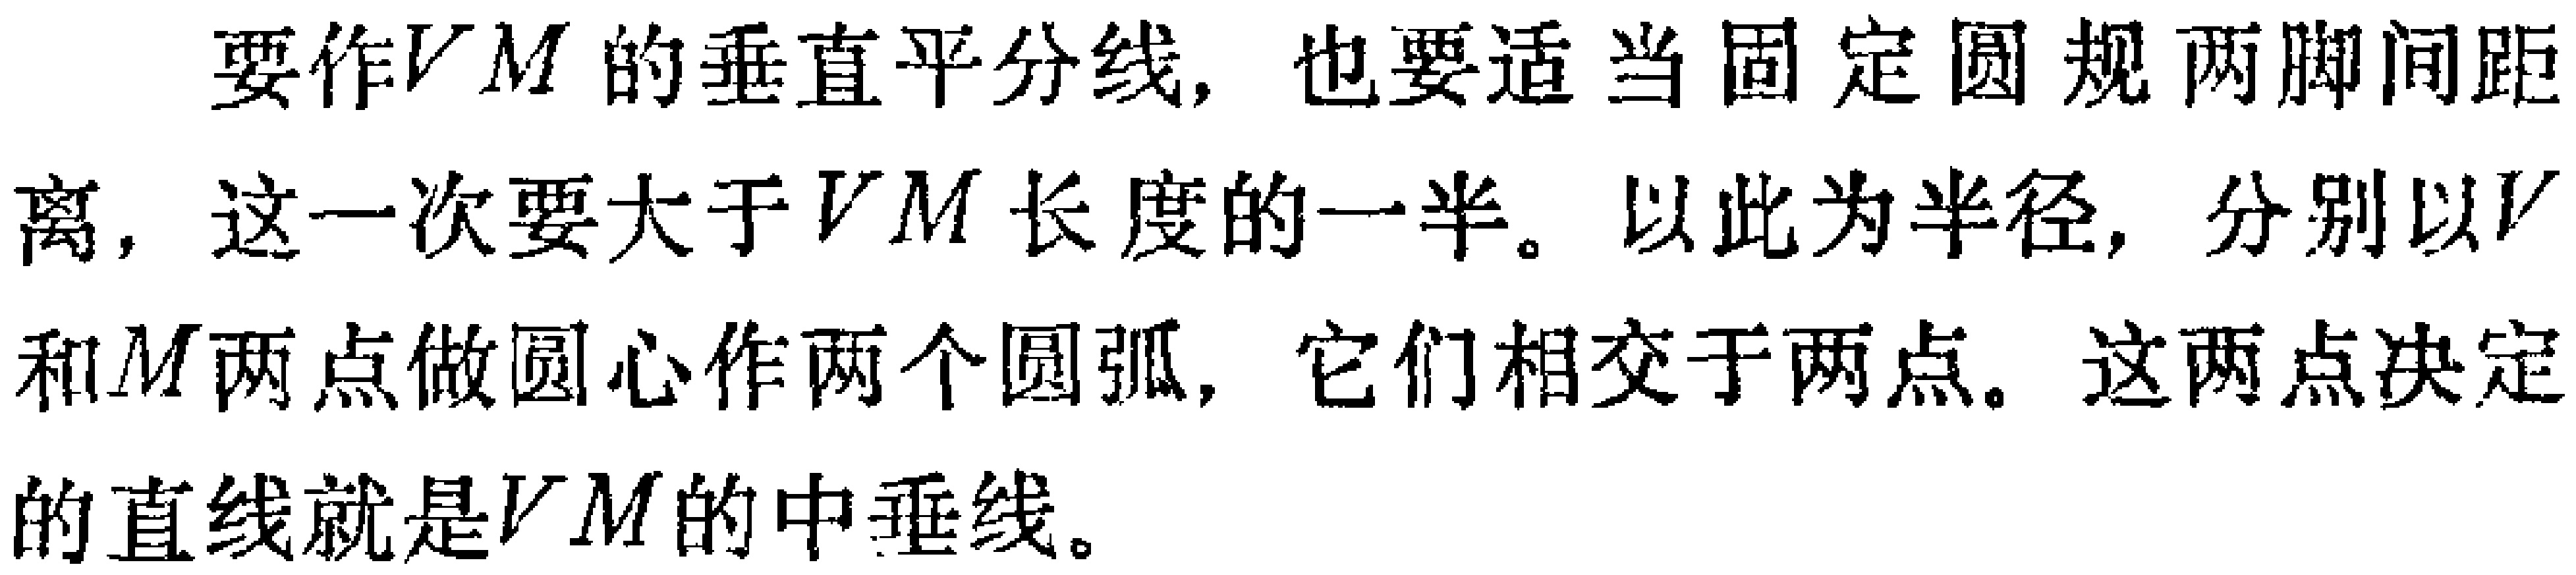
要作$VM$的垂直平分线，也要适当固定圆规两脚间距离，这一次要大于$VM$长度的一半。以此为半径，分别以$V$和$M$两点做圆心作两个圆弧，它们相交于两点。这两点决定的直线就是$VM$的中垂线。